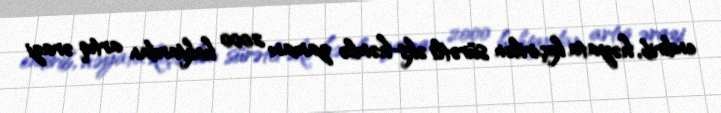
endirib, həyata keçirilən sürətli əks-həmlə zamanı 2000 hektardan artıq ərazi